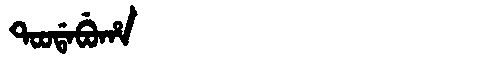
Manchu: ᡨᠣᠣᡩᠠᠪᡠᡥᠠ
Romanization: TOODABUHA